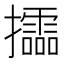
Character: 𢹝